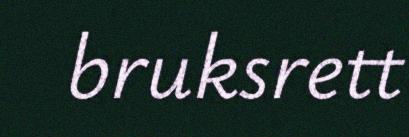
bruksrett